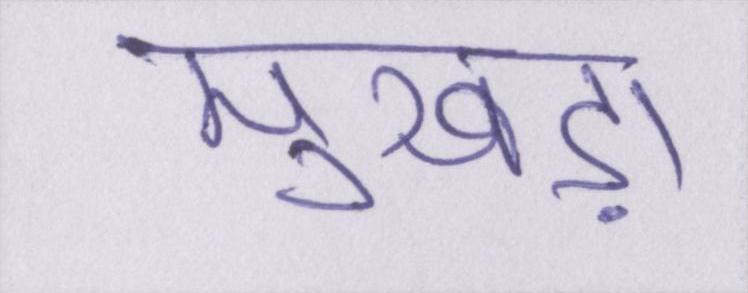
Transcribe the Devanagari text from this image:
मुखड़ा